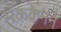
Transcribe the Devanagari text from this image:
मॅककेनने